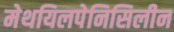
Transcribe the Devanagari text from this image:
मेथयिलपेनिसिलीन